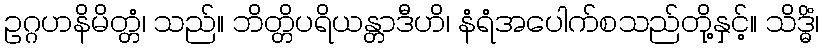
ဥဂ္ဂဟနိမိတ္တံ၊ သည်။ ဘိတ္တိပရိယန္တာဒီဟိ၊ နံရံအပေါက်စသည်တို့နှင့်။ သိဒ္ဓိံ၊